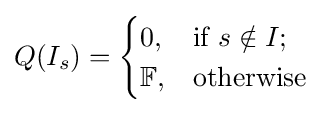
Q(I_{s})={\begin{cases}0,&{\text{if }}s\notin I;\\\mathbb {F} ,&{\text{otherwise}}\end{cases}}